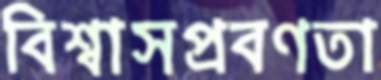
বিশ্বাসপ্রবণতা